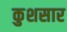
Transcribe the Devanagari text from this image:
कुशसार